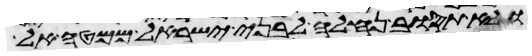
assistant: ולא תסוב נחלה לבני ישראל ממטה אל